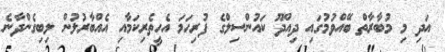
އަދި މި މުބާރާތް ބޭއްވުމުގައި ދިއްދޫ ކައުންސިލްގެ ފުރިހަމަ އެހީތެރިކަމާއި އެއްބާރުލުން ލިބިގެންދާނެ